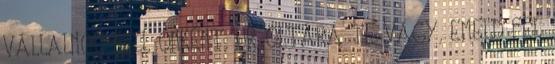
VÁLLALNOD KELL ÖNKÉNT, ÚR OLTÁRA TE VAGY, EMELD FEL